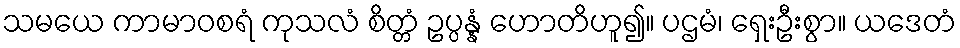
သမယေ ကာမာဝစရံ ကုသလံ စိတ္တံ ဥပ္ပန္နံ ဟောတိဟူ၍။ ပဌမံ၊ ရှေးဦးစွာ။ ယဒေတံ